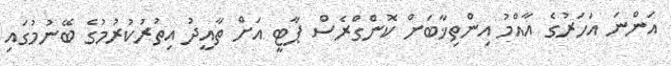
އަންނަ އަހަރުގެ އާއްމު އިންތިޚާބަށް ކޮންގްރެސް ޕާޓީ އަށް ތާއީދު އިތުރުކުރުމުގެ ބޭނުމުގައި